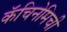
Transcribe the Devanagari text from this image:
कॅचिनेमिची